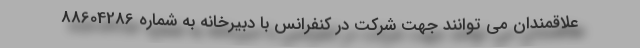
علاقمندان می توانند جهت شرکت در کنفرانس با دبیرخانه به شماره 88604286